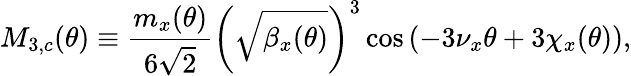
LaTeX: M_{3,c}(\theta)\equiv\frac{m_{x}(\theta)}{6\sqrt 2}\left(\sqrt{\beta_{x}(\theta)}\right)^{3}\cos{\left(-3\nu_{x}\theta+3\chi_{x}(\theta)\right)},